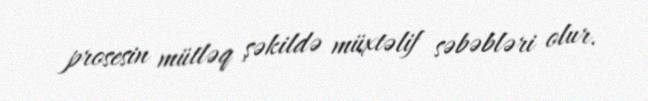
prosesin mütləq şəkildə müxtəlif səbəbləri olur.